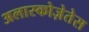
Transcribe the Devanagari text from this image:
अलास्कोज़ेतेस